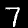
Digit: 7